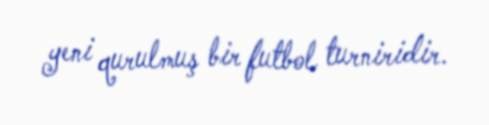
yeni qurulmuş bir futbol turniridir.